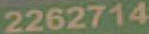
2262714